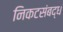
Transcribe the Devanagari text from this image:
निकटसंबद्ध